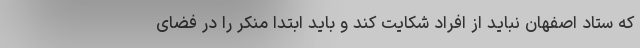
که ستاد اصفهان نباید از افراد شکایت کند و باید ابتدا منکر را در فضای